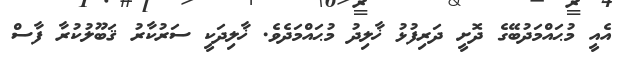
އެއީ މުޙައްމަދުބޭގެ ދޮށީ ދަރިފުޅު ޚާލިދު މުޙައްމަދެވެ. ޚާލިދަކީ ސަރުކާރު ޤަބޫލުކުރާ ފާސް